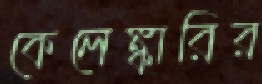
কেলেঙ্কারির